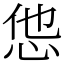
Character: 怹